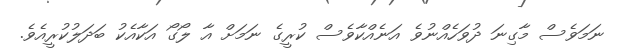
ނަމަވެސް މާގިނަ ދުވަހެއްނުވެ އަނެއްކާވެސް ކުރީގެ ނަމަށް އާ ލޯގޯ އަކާއެކު ބަދަލުކުރީއެވެ.